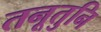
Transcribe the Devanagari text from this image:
तनूतुनि